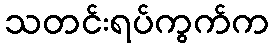
သတင်းရပ်ကွက်က